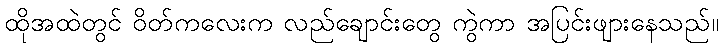
ထိုအထဲတွင် ဝိတ်ကလေးက လည်ချောင်းတွေ ကွဲကာ အပြင်းဖျားနေသည်။